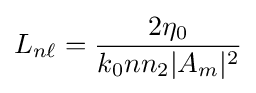
L_{n\ell }={\frac {2\eta _{0}}{k_{0}nn_{2}|A_{m}|^{2}}}